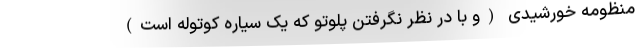
منظومه خورشیدی (و با در نظر نگرفتن پلوتو که یک سیاره کوتوله است)